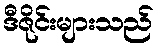
ဒီဇိုင်းများသည်